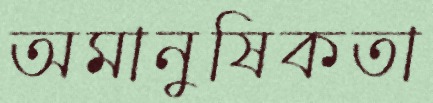
অমানুষিকতা